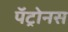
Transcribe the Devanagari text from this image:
पॅट्रोनस